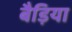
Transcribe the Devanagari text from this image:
बैड़िया